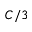
C / 3